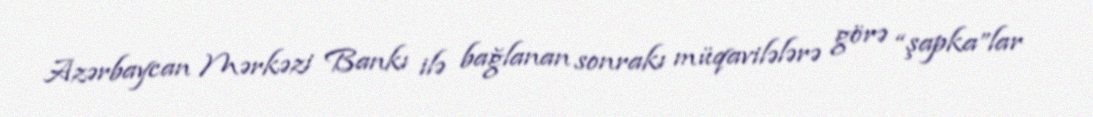
Azərbaycan Mərkəzi Bankı ilə bağlanan sonrakı müqavilələrə görə “şapka”lar